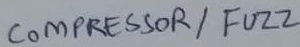
Text: COMPRESSOR/ FUZZ